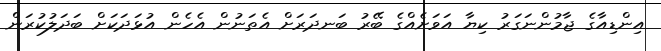
އިންޑިއާގެ ޖާމުންނަގަރު ކިޔާ އަވަށެއްގެ ބޭރު ބަނދަރަށް އެތަނުން އެހެން އުޅަދަކަށް ބަދަލުކުރަން